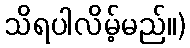
သိရပါလိမ့်မည်။)